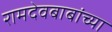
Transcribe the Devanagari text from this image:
रामदेवबाबांच्या